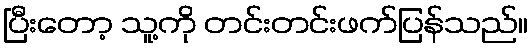
ပြီးတော့ သူ့ကို တင်းတင်းဖက်ပြန်သည်။